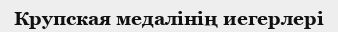
Крупская медалінің иегерлері